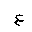
Letter: _ayn